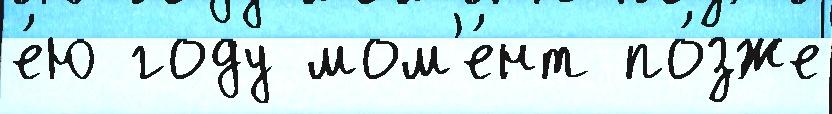
е́ю году мом'е́нт по́зже